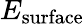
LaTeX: E_{\mathrm{surface}}